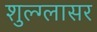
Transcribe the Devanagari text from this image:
शुल्‍ग्‍लासर